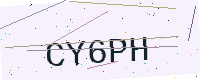
Text: CY6PH